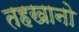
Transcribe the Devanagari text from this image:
तहखानो